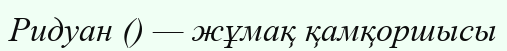
Ридуан () — жұмақ қамқоршысы